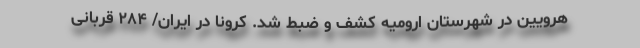
هرویین در شهرستان ارومیه کشف و ضبط شد. کرونا در ایران/ ۲۸۴ قربانی